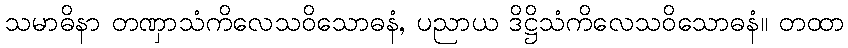
သမာဓိနာ တဏှာသံကိလေသဝိသောဓနံ, ပညာယ ဒိဋ္ဌိသံကိလေသဝိသောဓနံ။ တထာ